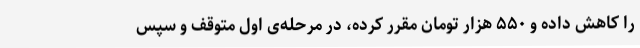
را کاهش داده و ۵۵۰ هزار تومان مقرر کرده، در مرحله‌ی اول متوقف و سپس